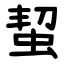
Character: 蛪